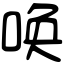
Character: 唤